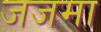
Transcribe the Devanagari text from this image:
जजमा